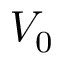
V _ { 0 }